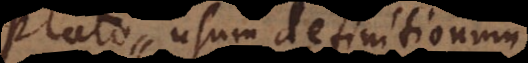
t usum definitionum